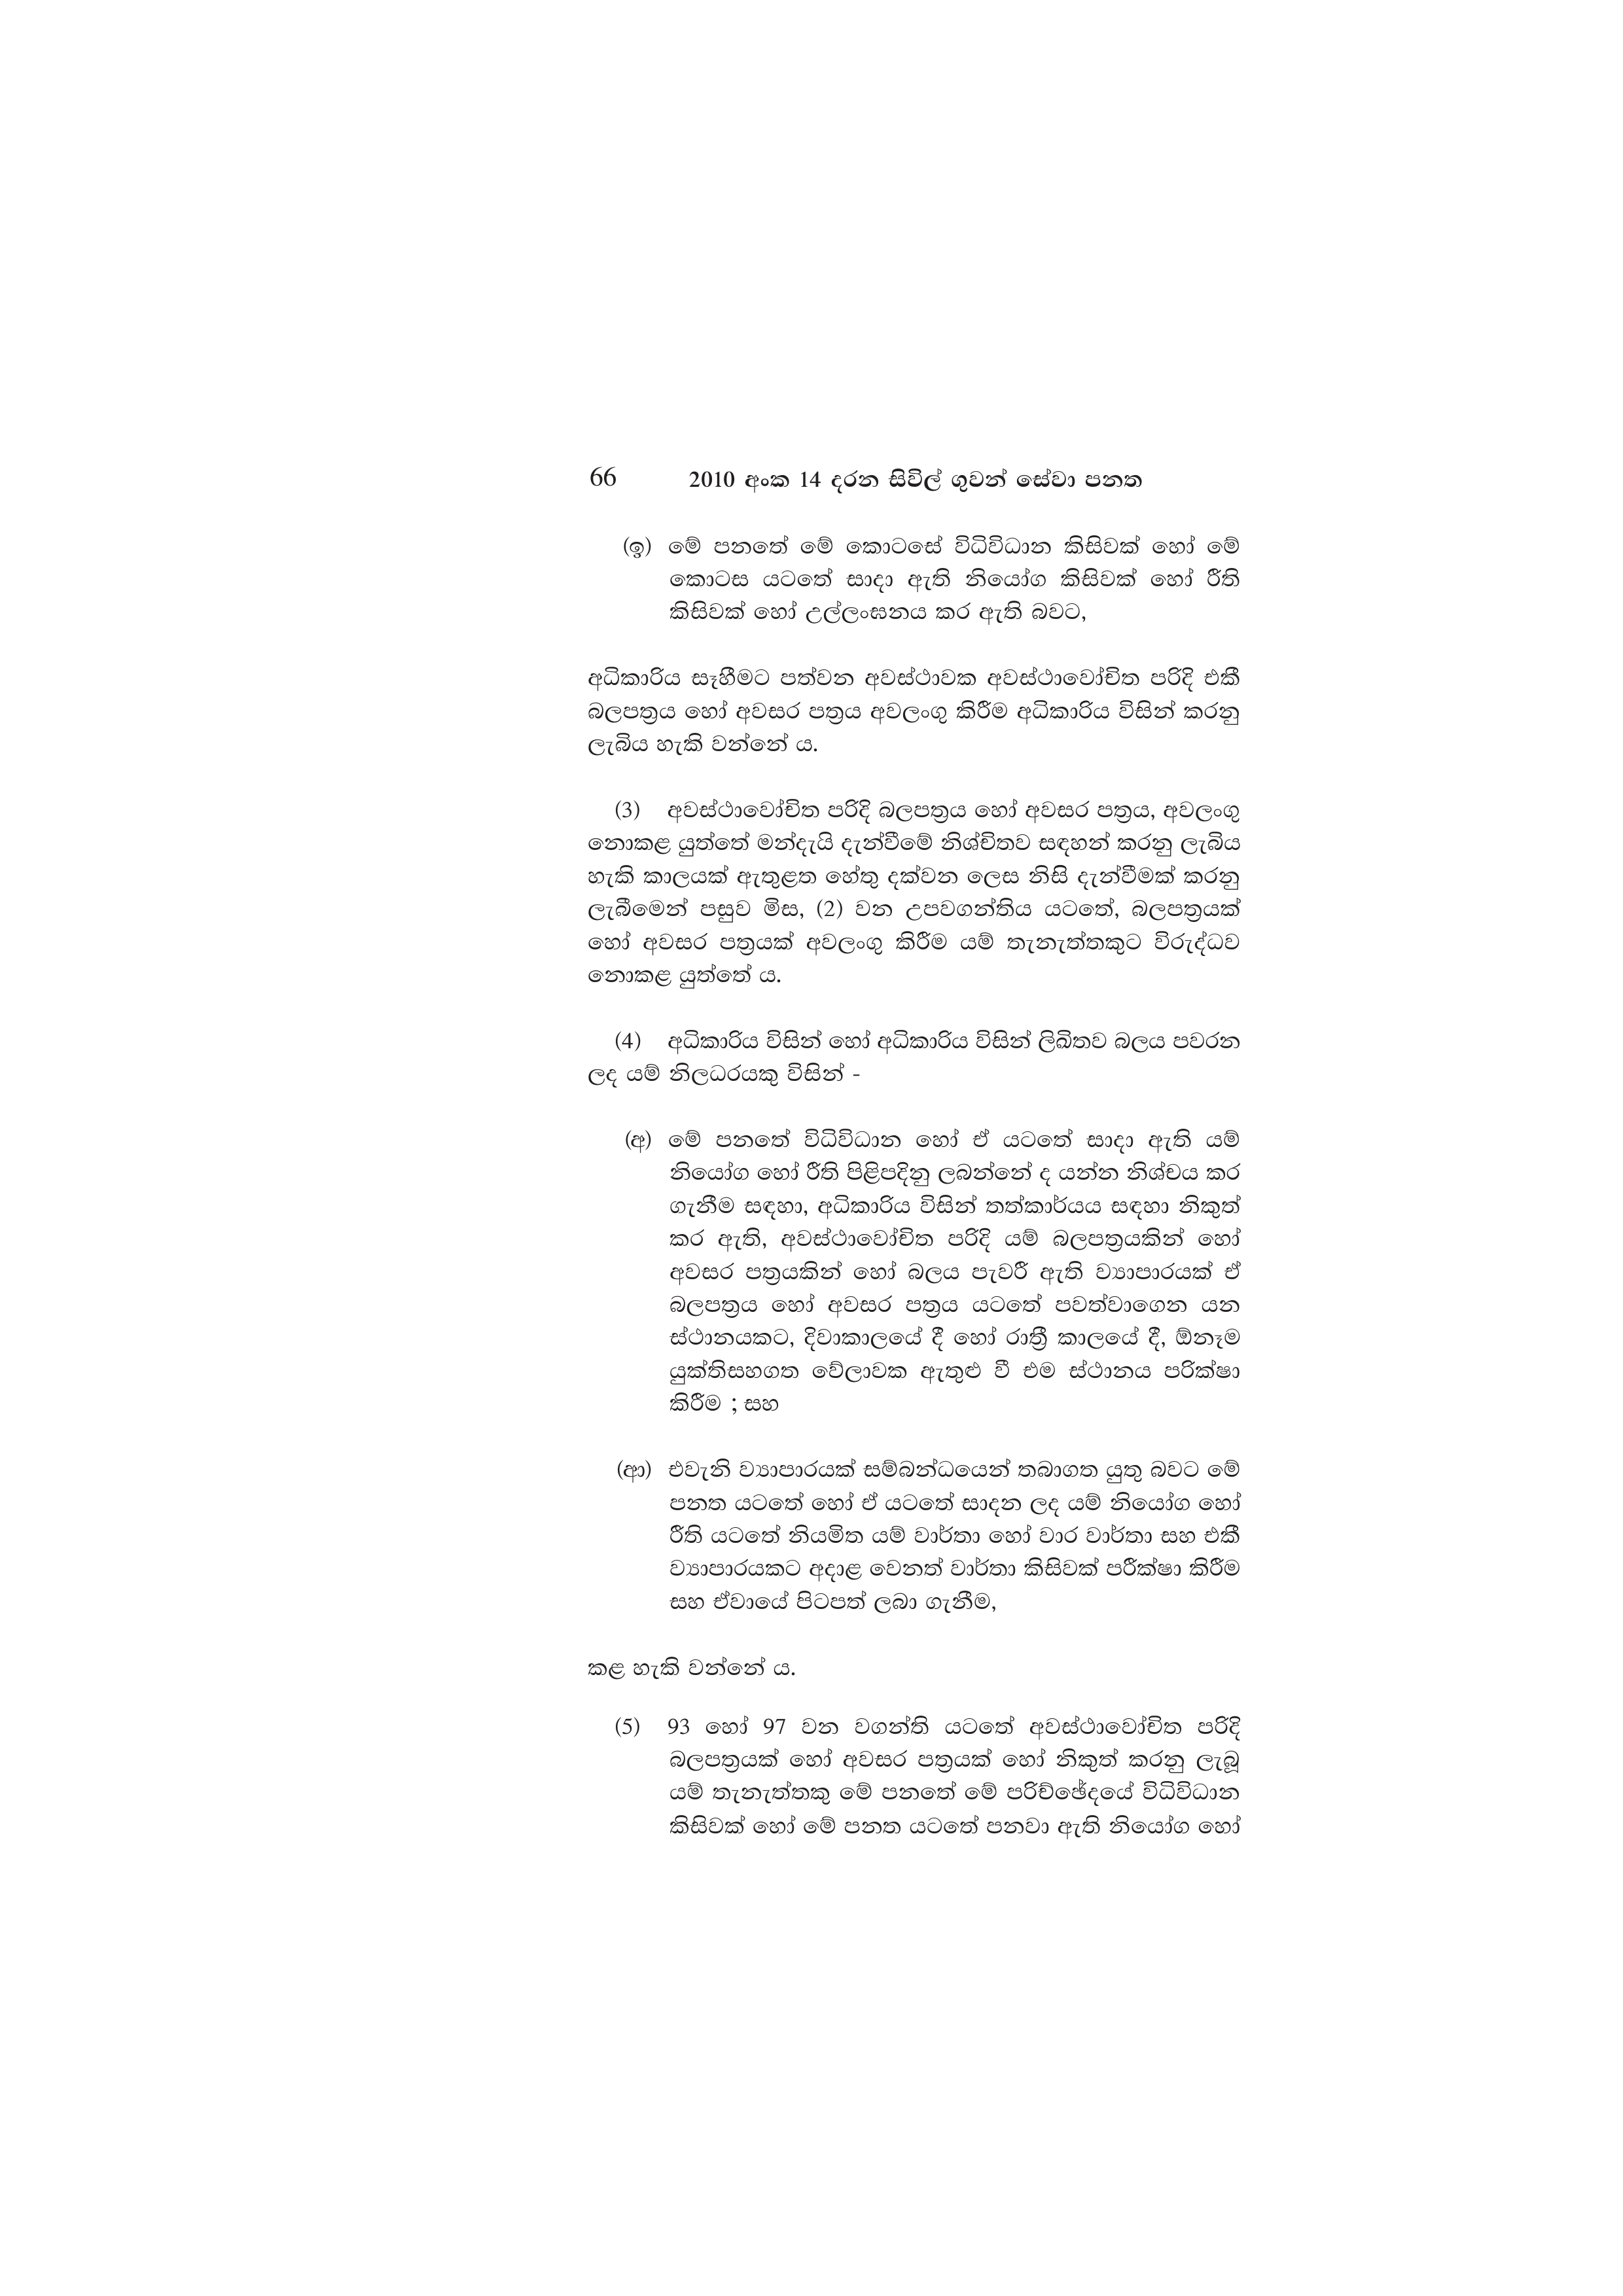
66 2010 අංක 14 දරන සිවිල් ගුවන් සේවා පනත

(ඉ) මේ පනතේ මේ කොටසේ විධිවිධාන කිසිවක් හෝ මේ
කොටස යටතේ සාදා ඇති නියෝග කිසිවක් හෝ රීති
කිසිවක් හෝ උල්ලංඝනය කර ඇති බවට,

අධිකාරිය සෑහීමට පත්වන අවස්ථාවක අවස්ථාවෝචිත පරිදි එකී
බලපත්‍රය හෝ අවසර පත්‍රය අවලංගු කිරීම අධිකාරිය විසින් කරනු
ලැබිය හැකි වන්නේ ය.

(3) අවස්ථාවෝචිත පරිදි බලපත්‍රය හෝ අවසර පත්‍රය, අවලංගු
නොකළ යුත්තේ මන්දැයි දැන්වීමේ නිශ්චිතව සඳහන් කරනු ලැබිය
හැකි කාලයක් ඇතුළත හේතු දක්වන ලෙස නිසි දැන්වීමක් කරනු
ලැබීමෙන් පසුව මිස, (2) වන උපවගන්තිය යටතේ, බලපත්‍රයක්
හෝ අවසර පත්‍රයක් අවලංගු කිරීම යම් තැනැත්තකුට විරුද්ධව
නොකළ යුත්තේ ය.

(4) අධිකාරිය විසින් හෝ අධිකාරිය විසින් ලිඛිතව බලය පවරන
ලද යම් නිලධරයකු විසින් -

(අ) මේ පනතේ විධිවිධාන හෝ ඒ යටතේ සාදා ඇති යම්
නියෝග හෝ රීති පිළිපදිනු ලබන්නේ ද යන්න නිශ්චය කර
ගැනීම සඳහා, අධිකාරිය විසින් තත්කාර්යය සඳහා නිකුත්
කර ඇති, අවස්ථාවෝචිත පරිදි යම් බලපත්‍රයකින් හෝ
අවසර පත්‍රයකින් හෝ බලය පැවරී ඇති ව්‍යාපාරයක් ඒ
බලපත්‍රය හෝ අවසර පත්‍රය යටතේ පවත්වාගෙන යන
ස්ථානයකට, දිවාකාලයේ දී හෝ රාත්‍රී කාලයේ දී, ඕනෑම
යුක්තිසහගත වේලාවක ඇතුළු වී එම ස්ථානය පරික්ෂා
කිරීම ; සහ

(ආ) එවැනි ව්‍යාපාරයක් සම්බන්ධයෙන් තබාගත යුතු බවට මේ
පනත යටතේ හෝ ඒ යටතේ සාදන ලද යම් නියෝග හෝ
රීති යටතේ නියමිත යම් වාර්තා හෝ වාර වාර්තා සහ එකී
ව්‍යාපාරයකට අදාළ වෙනත් වාර්තා කිසිවක් පරීක්ෂා කිරීම
සහ ඒවායේ පිටපත් ලබා ගැනීම,

කළ හැකි වන්නේ ය.

(5) 93 හෝ 97 වන වගන්ති යටතේ අවස්ථාවෝචිත පරිදි
බලපත්‍රයක් හෝ අවසර පත්‍රයක් හෝ නිකුත් කරනු ලැබූ
යම් තැනැත්තකු මේ පනතේ මේ පරිච්ඡේදයේ විධිවිධාන
කිසිවක් හෝ මේ පනත යටතේ පනවා ඇති නියෝග හෝ